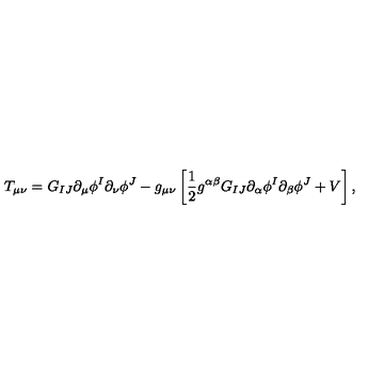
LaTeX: T _ { \mu \nu } = G _ { I J } \partial _ { \mu } \phi ^ { I } \partial _ { \nu } \phi ^ { J } - g _ { \mu \nu } \left[ { \frac { 1 } { 2 } } g ^ { \alpha \beta } G _ { I J } \partial _ { \alpha } \phi ^ { I } \partial _ { \beta } \phi ^ { J } + V \right] ,